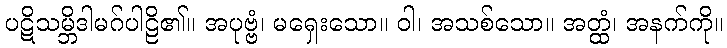
ပဋိသမ္ဘိဒါမဂ်ပါဠိ၏။ အပုဗ္ဗံ၊ မရှေးသော။ ဝါ၊ အသစ်သော။ အတ္ထံ၊ အနက်ကို။